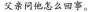
父亲问他怎么回事。